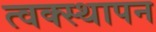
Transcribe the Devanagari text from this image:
त्वक्स्थापन